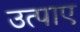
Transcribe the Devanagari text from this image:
उत्पाए